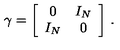
\gamma = \biggl [ \begin{array} { c c } { 0 } & { I _ { N } } \\ { I _ { N } } & { 0 } \\ \end{array} \biggr ] \ .